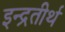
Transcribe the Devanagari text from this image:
इन्द्रतीर्थ